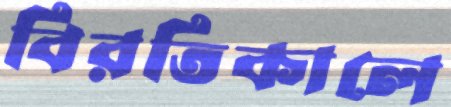
বিরতিকালে